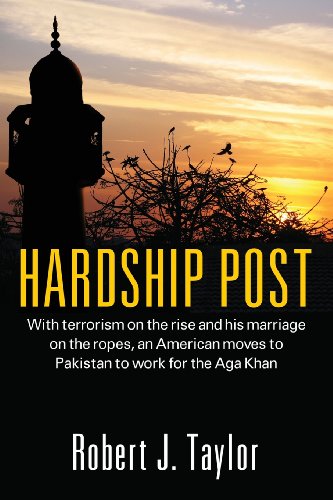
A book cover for Hardship Post: With Terrorism on the Rise and His Marriage on the Ropes, an American Moves to Pakistan to Work for the Aga Khan; Robert J. Taylor; Travel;